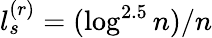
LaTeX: l_{s}^{(r)}=(\log^{2.5}n)/n